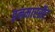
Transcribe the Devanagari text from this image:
इनमारसैट